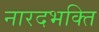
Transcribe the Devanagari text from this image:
नारदभक्ति